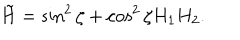
\tilde { H } = \sin ^ { 2 } \zeta + \cos ^ { 2 } \zeta H _ { 1 } H _ { 2 } .